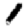
Digit: 1